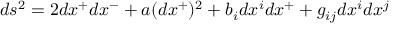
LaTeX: d s ^ { 2 } = 2 d x ^ { + } d x ^ { - } + a ( d x ^ { + } ) ^ { 2 } + b _ { i } d x ^ { i } d x ^ { + } + g _ { i j } d x ^ { i } d x ^ { j }